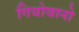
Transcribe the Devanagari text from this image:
गियोवानो